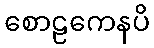
စောဠကေနပိ